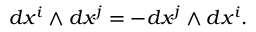
d x ^ { i } \wedge d x ^ { j } = - d x ^ { j } \wedge d x ^ { i } .